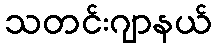
သတင်းဂျာနယ်